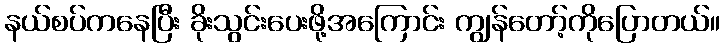
နယ်စပ်ကနေပြီး ခိုးသွင်းပေးဖို့အကြောင်း ကျွန်တော့်ကိုပြောတယ်။